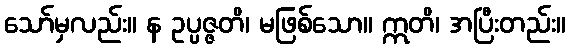
သော်မှလည်း။ န ဥပ္ပဇ္ဇတိ၊ မဖြစ်သော။ ဣတိ၊ အပြီးတည်း။